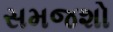
સમજશો